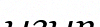
ығып